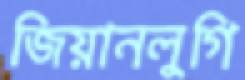
জিয়ানলুগি